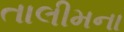
તાલીમના